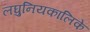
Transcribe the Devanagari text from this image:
लघुनियकालिके